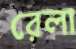
রেলা